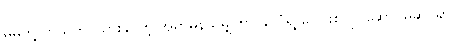
မိမိတို့ ကယ်တင်သွားနိုင်တဲ့ အရာမှန်သမျှဟာ နိုင်ငံရဲ့ ပေါင်းစုလုပ်ဆောင်မှုဆိုင်ရာ